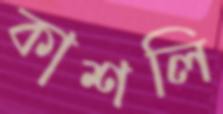
কাশলি